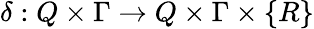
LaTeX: \delta:Q\times\Gamma\rightarrow Q\times\Gamma\times\{ R\}